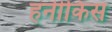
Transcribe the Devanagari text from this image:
हनीकिस